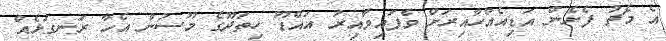
އެ މެޗު ފެށެން އަޑިއެއްހާއިރަށް ވެފައިވާއިރު އައްޑޫ ހިތަދޫގެ މޫސުން އެހާ ރަނގަޅެއް